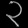
Digit: ၃